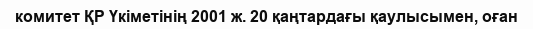
комитет ҚР Үкіметінің 2001 ж. 20 қаңтардағы қаулысымен, оған